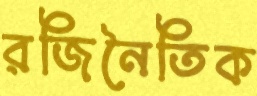
রজিনৈতিক